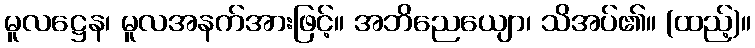
မူလဋ္ဌေန၊ မူလအနက်အားဖြင့်။ အဘိညေယျော၊ သိအပ်၏။ (ထည့်)။